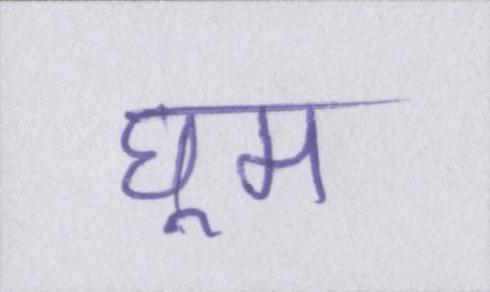
घूम